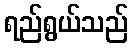
ရည်ရွယ်သည်